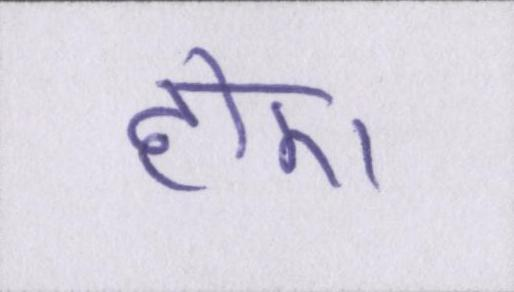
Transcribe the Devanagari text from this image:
होए